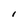
Character: I